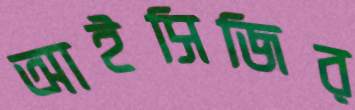
আইসিজির